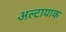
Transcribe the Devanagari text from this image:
अल्टायाक